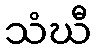
သံဃီ